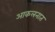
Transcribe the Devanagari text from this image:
आकलनात